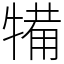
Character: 犕